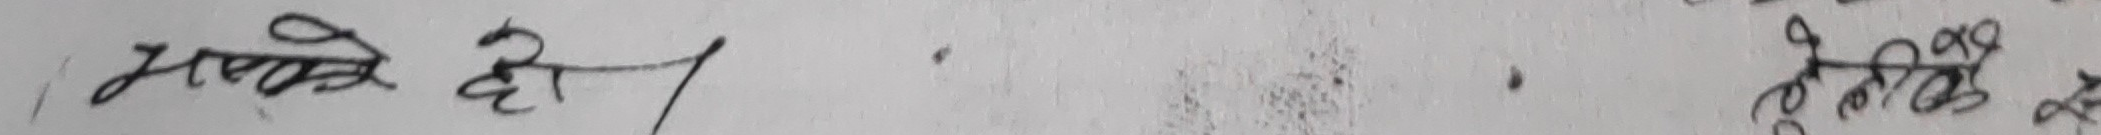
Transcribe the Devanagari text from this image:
मपको हो।